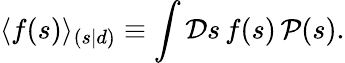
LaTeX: \langle f(s)\rangle_{(s|d)}\equiv\int{\mathcal{D}}s\, f(s)\, {\mathcal{P}}(s).